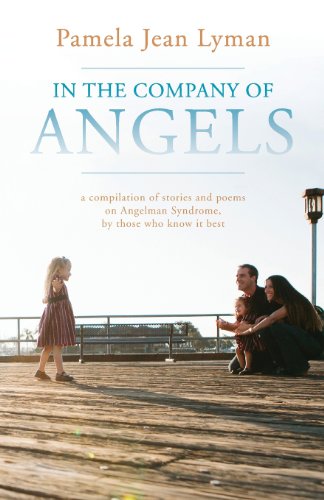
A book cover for In the Company of Angels; Pamela Jean Lyman; Health, Fitness & Dieting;